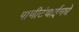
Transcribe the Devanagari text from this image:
पाणीटंचाईमधे